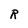
Character: R